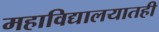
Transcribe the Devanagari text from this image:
महाविद्यालयातही